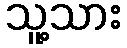
သူ့သား